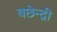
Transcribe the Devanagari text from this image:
बछेन्द्री